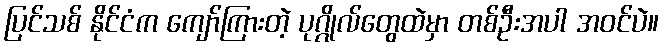
ပြင်သစ် နိုင်ငံက ကျော်ကြားတဲ့ ပုဂ္ဂိုလ်တွေထဲမှာ တစ်ဦးအပါ အဝင်ပဲ။